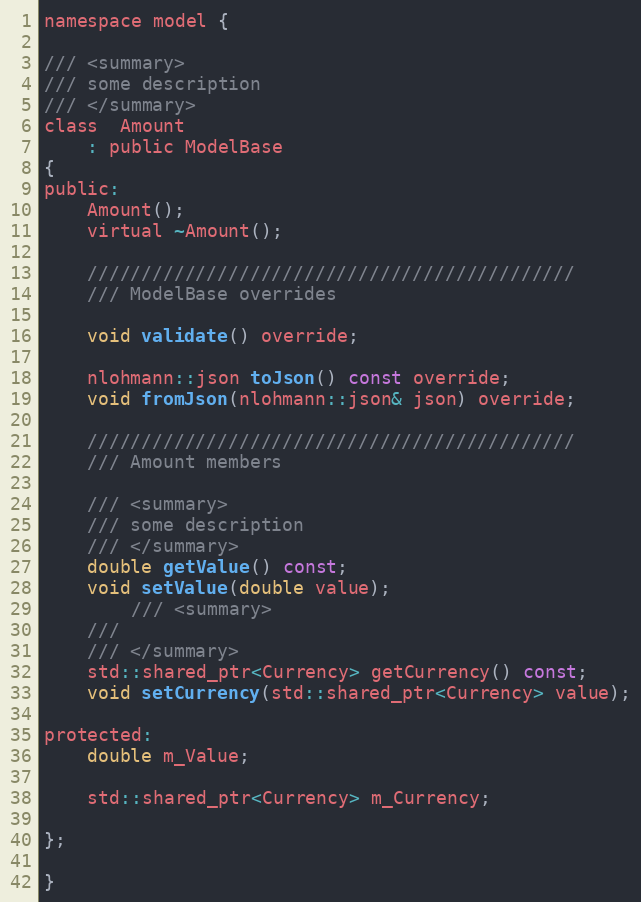
Language: C
namespace model {

/// <summary>
/// some description
/// </summary>
class  Amount
    : public ModelBase
{
public:
    Amount();
    virtual ~Amount();

    /////////////////////////////////////////////
    /// ModelBase overrides

    void validate() override;

    nlohmann::json toJson() const override;
    void fromJson(nlohmann::json& json) override;

    /////////////////////////////////////////////
    /// Amount members

    /// <summary>
    /// some description
    /// </summary>
    double getValue() const;
    void setValue(double value);
        /// <summary>
    ///
    /// </summary>
    std::shared_ptr<Currency> getCurrency() const;
    void setCurrency(std::shared_ptr<Currency> value);

protected:
    double m_Value;

    std::shared_ptr<Currency> m_Currency;

};

}